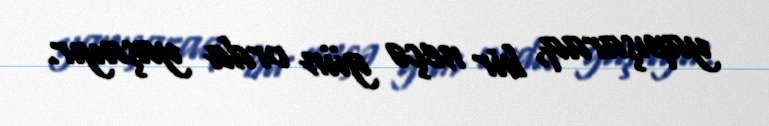
yapışaraq, bir neçə gün orda yaşayır.